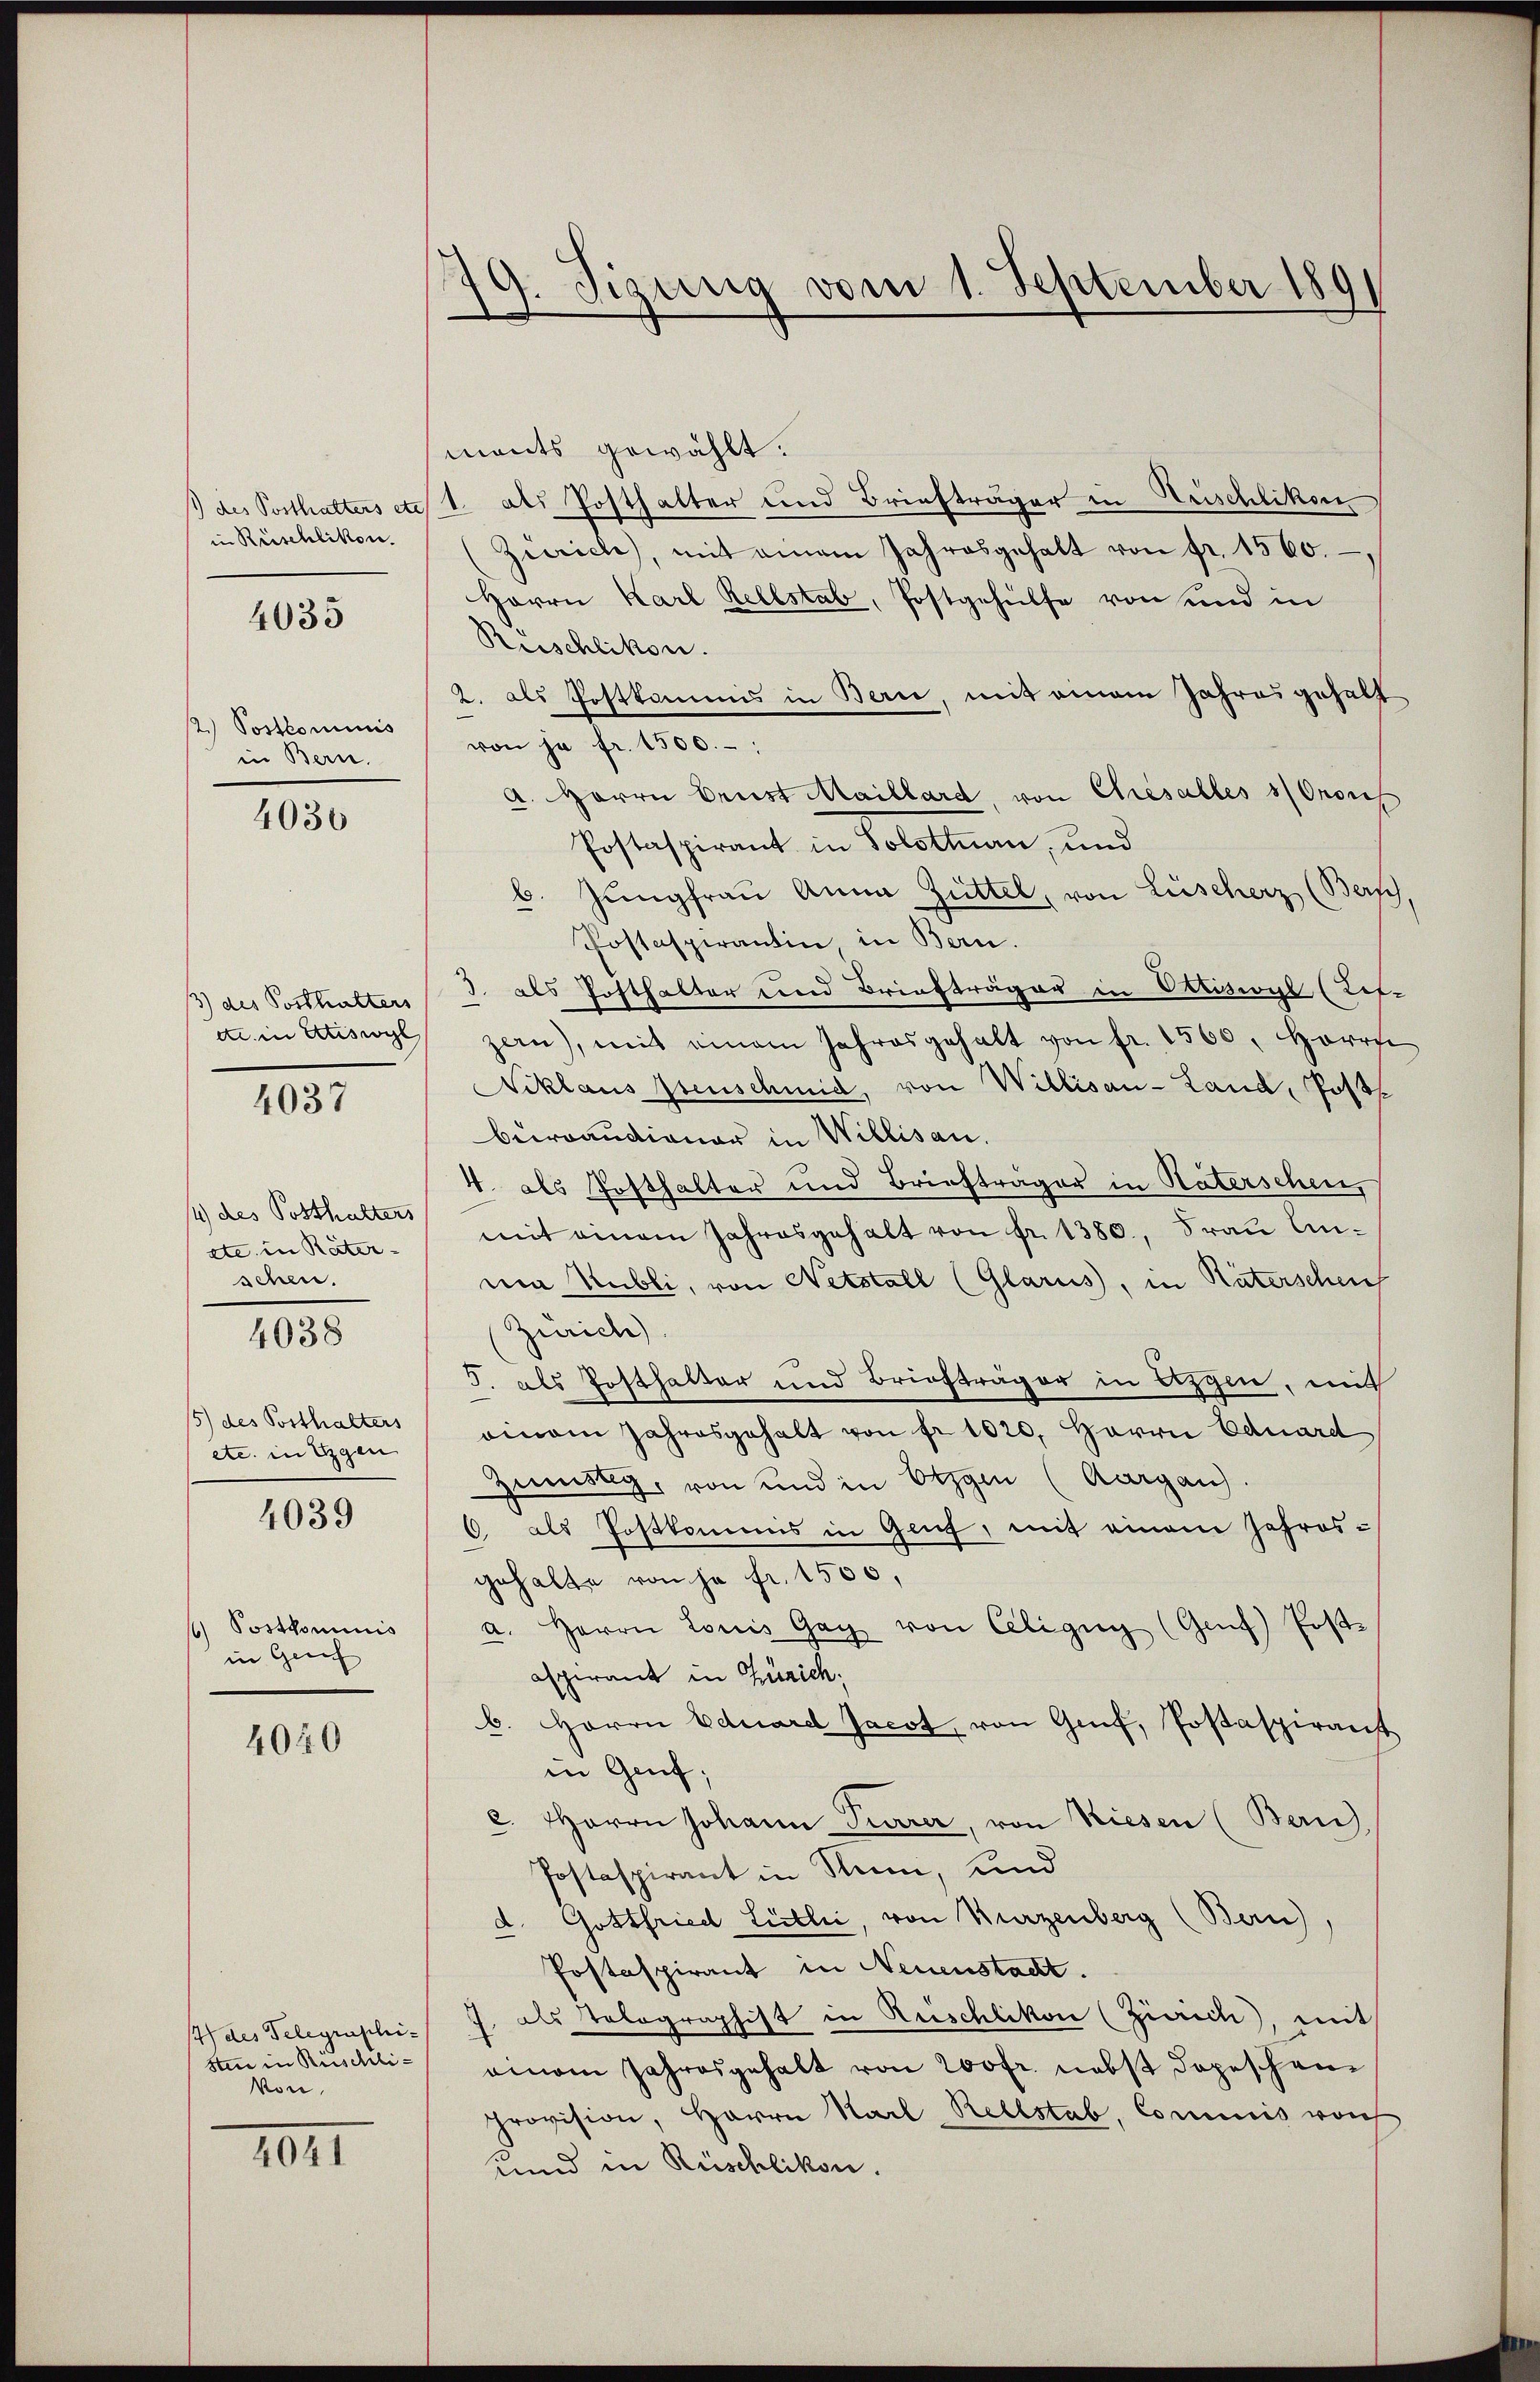
1) des Posthalters etc.
in Rüschlikon.

12.) Postkominis
in Bern.
4036

3) des Posthalters
de in Eriswyl
4037

14) des Posthalters
etc. in Räter-
schen.
4038

4035

15) des Posthalters
etc. in Eigen

4039

f Posthominis
in Genf

4050

14) des Telegraphi-
sten in Ruschli¬
Von.

4041

19. Sizung vom 1. September 189

mants gewählt.
1. als Posthalter und Briefträger in Krischliken
(Zürich, mit einem Jahresgehalt von fr. 1560.
Herrn Karl Rellstab, Postgehülfe von und in
Rüschlikon.
2. als Postkommis in Bern, mit einem Jahresgehalt
von ja fr. 1500.-
A. Herrn Brust Maillard, von Chiesalles Onous
Postaspirant in Solothurn, und
b. Jungfrau Anna Züttel, von Lüscherz (Bern,
Postaspirantin, in Bern.
3. als Posthalter und Briefträger in Oerisivyl (Ref-
zern), mit einem Jahresgehalt von fr. 1560. Herr
Niklaus Menschmid, von Willisau-Land, Postbewoandigner in Willisau.
4. als Posthalter und Briefträger in Naterschen,
mit einem Jahresgehalt von fr. 1380., Frau Unni Kubli, von Netstall (Glarus, in Räterschen
Zürich).
5. als Posthalter und Briefträger in Erzgen, mit
oinam Jahresgehalt von fr. 1020. Herrn Eduard
Zimistig, von und in beigen (Aargau.
6 als Postkommis in Genf, mit einem Jahresgehalte von ja fr. 1500,
a. Herrn Louis Gag von Celigŭg (Genf) Post-
asperant in Zürich
b. Herrn Eduard Jacot, von Genf, Postaspirant
in Genf;
c. Herrn Johann Pierrer, von Riesen (Bern
Postaspirant in Nun, und
d. Gottfried Listli, von Wurzenberg (Bern),
Postaspirant in Neuenstadt.
J. als Tolographist in Ruschlikon (Zürich, mit
einem Jahresgehalt von 200 fr. nebst depeschenprovision, Herrn Karl Rellstab, Commis von
und in Rüschlikon.